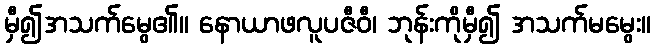
မှီ၍အသက်မွေ၏။ နောယာဖလူပဇီဝီ၊ ဘုန်းကိုမှီ၍ အသက်မမွေး။